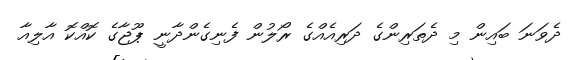
ދެވަނަ ބައިން މި ދެތަރިންގެ ދަރިއެއްގެ ރޯލުން ފެނިގެންދާނީ ޕޫޖާގެ ކޮއްކޮ އާލިއާ